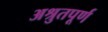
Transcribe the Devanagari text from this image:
अश्रुतपूर्ण